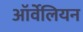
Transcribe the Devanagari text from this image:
ऑर्वेलियन